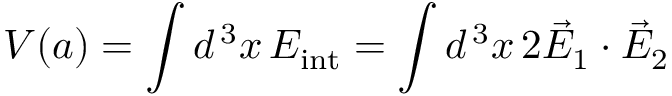
V ( a ) = \int d ^ { \, 3 } x \, { \cal E } _ { \mathrm { i n t } } = \int d ^ { \, 3 } x \, 2 \vec { E } _ { 1 } \cdot \vec { E } _ { 2 }